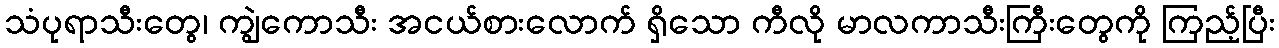
သံပုရာသီးတွေ၊ ကျွဲကောသီး အငယ်စားလောက် ရှိသော ကီလို မာလကာသီးကြီးတွေကို ကြည့်ပြီး